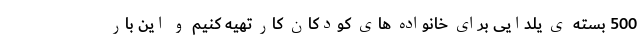
500 بسته ی یلدایی برای خانواده های کودکان کار تهیه کنیم و این بار